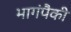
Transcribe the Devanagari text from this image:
भागंपैकी